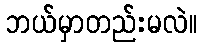
ဘယ်မှာတည်းမလဲ။